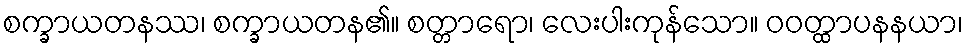
စက္ခာယတနဿ၊ စက္ခာယတန၏။ စတ္တာရော၊ လေးပါးကုန်သော။ ဝဝတ္ထာပနနယာ၊